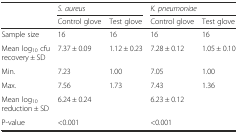
|  | <COLSPAN=2> S. aureus | <COLSPAN=2> K. pneumoniae |
 |  | Control glove | Test glove | Control glove | Test glove |
 | --- | --- | --- | --- | --- |
 | Sample size | 16 | 16 | 16 | 16 |
 | Mean log10 cfu recovery ± SD | 7.37 ± 0.09 | 1.12 ± 0.23 | 7.28 ± 0.12 | 1.05 ± 0.10 |
 | Min. | 7.23 | 1.00 | 7.05 | 1.00 |
 | Max. | 7.56 | 1.73 | 7.43 | 1.36 |
 | Mean log10 reduction ± SD | <COLSPAN=2> 6.24 ± 0.24 | <COLSPAN=2> 6.23 ± 0.12 |
 | P-value | <COLSPAN=2> <0.001 | <COLSPAN=2> <0.001 |